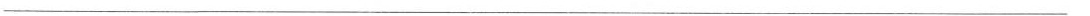
___